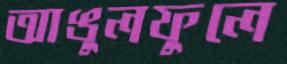
আঙুলফুলে